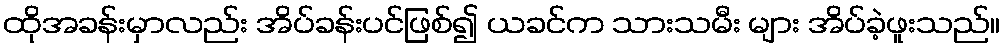
ထိုအခန်းမှာလည်း အိပ်ခန်းပင်ဖြစ်၍ ယခင်က သားသမီး များ အိပ်ခဲ့ဖူးသည်။